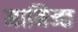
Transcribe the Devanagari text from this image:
मानिन्छ